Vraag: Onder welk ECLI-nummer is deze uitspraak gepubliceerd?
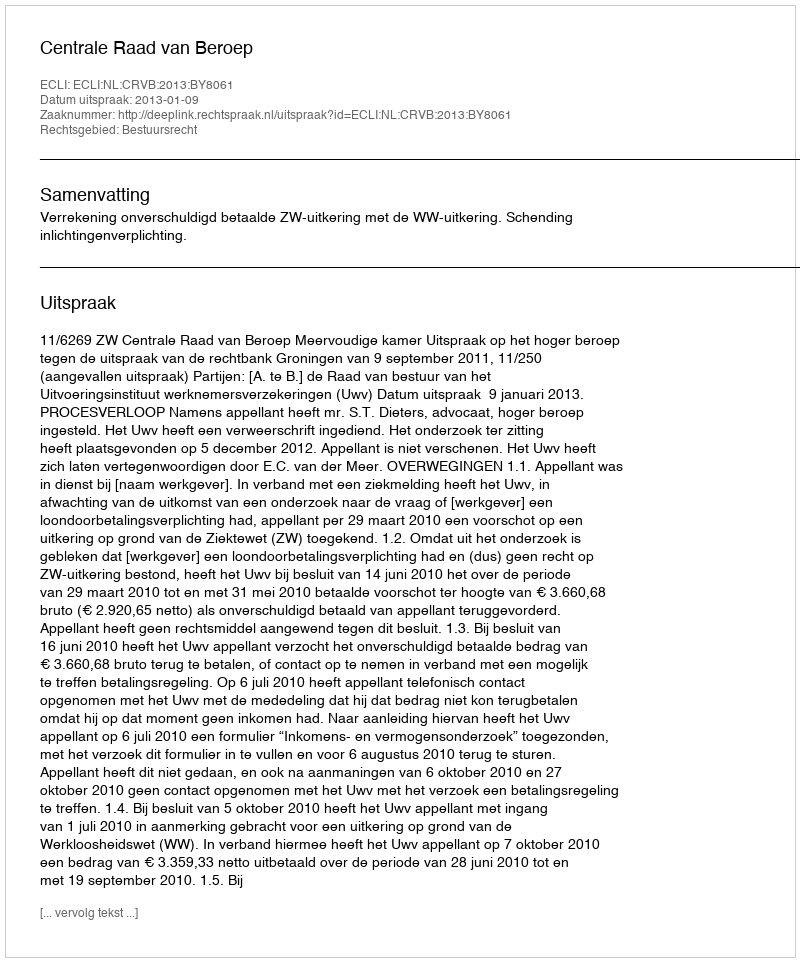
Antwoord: ECLI:NL:CRVB:2013:BY8061